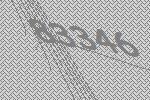
83346